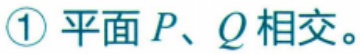
\textcircled{1} 平面\(P、Q\)相交。